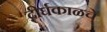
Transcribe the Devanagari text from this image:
दीर्घकाळचे